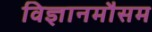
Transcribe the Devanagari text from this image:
विज्ञानमौसम